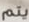
يتم